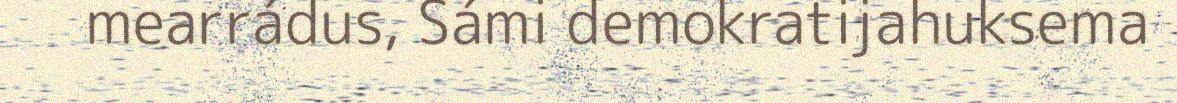
mearrádus, Sámi demokratijahuksema